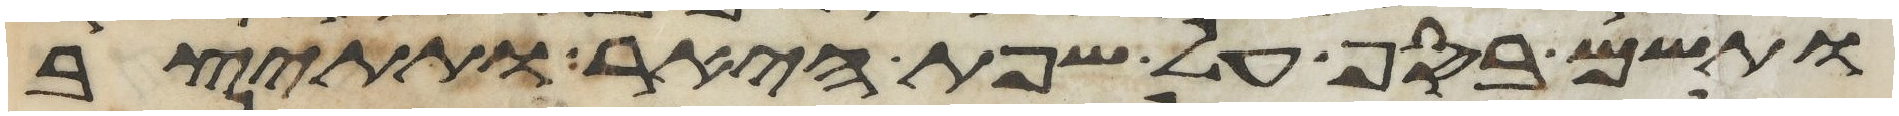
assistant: ותשם בסף על שפת היאר ותתיצב